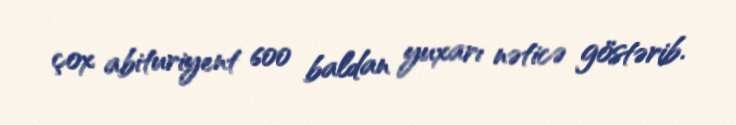
çox abituriyent 600 baldan yuxarı nəticə göstərib.